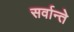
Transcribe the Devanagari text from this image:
सर्वान्ते